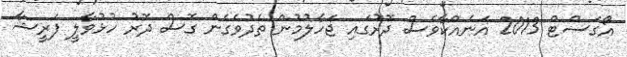
އޯގަސްޓް 2013 އަނެއްކާވެސް ދޮރުގައި ޖަހާލުމުން ތެދުވެގެން ގޮސް ދޮރު ހުޅުވާލީ ފަރީޝާ